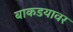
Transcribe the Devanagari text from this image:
बाकडयावर